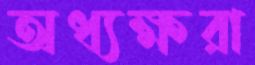
অধ্যক্ষরা